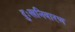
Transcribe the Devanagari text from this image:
दुःखनिवारण